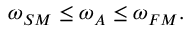
\begin{array} { r } { \omega _ { S M } \leq \omega _ { A } \leq \omega _ { F M } . } \end{array}